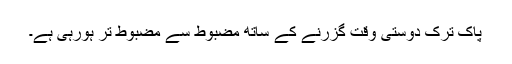
پاک ترک دوستی وقت گزرنے کے ساتھ مضبوط سے مضبوط تر ہورہی ہے۔